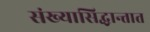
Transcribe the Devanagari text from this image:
संख्यासिद्धान्तात